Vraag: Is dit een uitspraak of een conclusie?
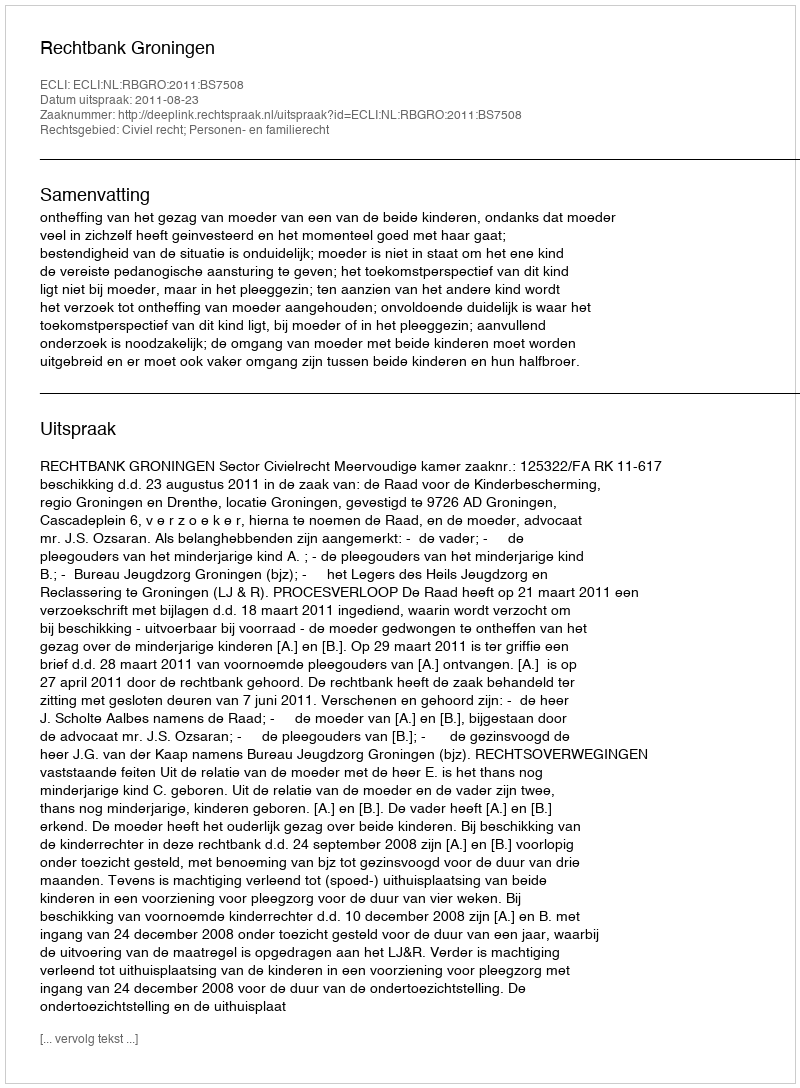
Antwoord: Uitspraak